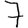
Digit: 7